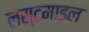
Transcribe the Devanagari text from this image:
लस्टमाइल